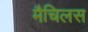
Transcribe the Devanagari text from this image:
मैचिलस